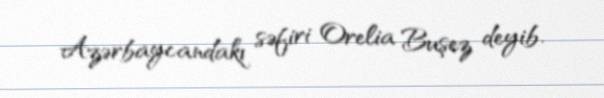
Azərbaycandakı səfiri Orelia Buşez deyib.